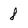
Character: 8